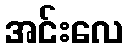
အင်းလေ